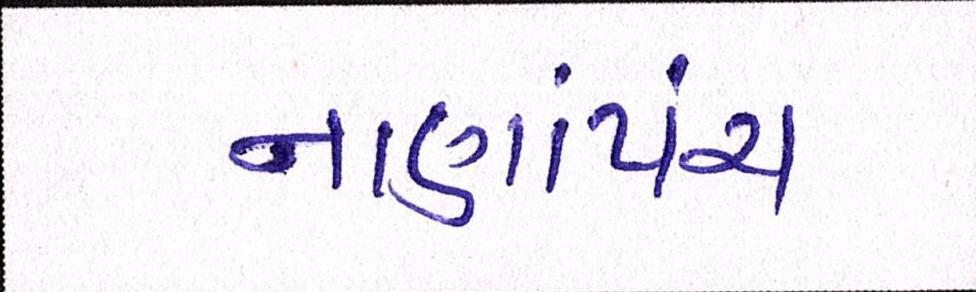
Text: નાણાંપંચ